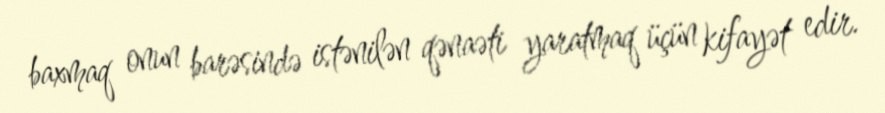
baxmaq onun barəsində istənilən qənaəti yaratmaq üçün kifayət edir.